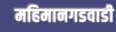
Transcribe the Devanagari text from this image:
महिमानगडवाडी